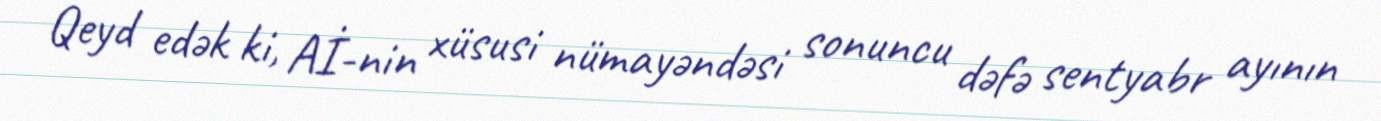
Qeyd edək ki, Aİ-nin xüsusi nümayəndəsi sonuncu dəfə sentyabr ayının